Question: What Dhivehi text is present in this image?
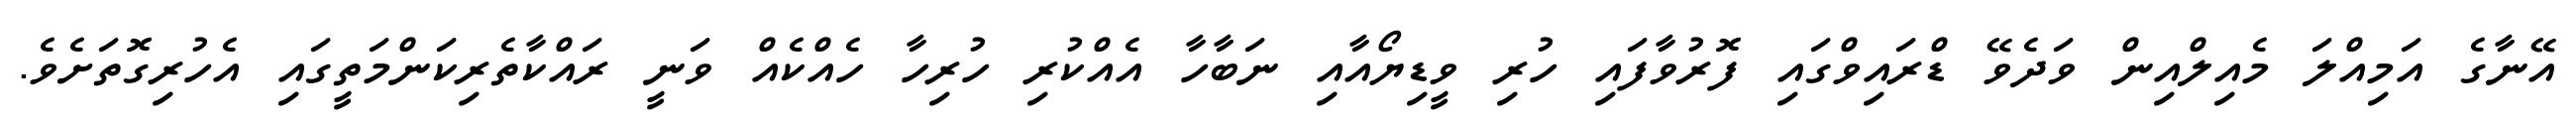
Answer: އޭނާގެ އަމިއްލަ މެއިލްއިން ވަދެވޭ ޑްރައިވްގައި ފޮރުވާފައި ހުރި ވީޑިޔޯއާއި ނަބާހާ އެއްކުރި ހުރިހާ ހެއްކެއް ވަނީ ރައްކާތެރިކަންމަތީގައި އެހުރިގޮތަށެވެ.